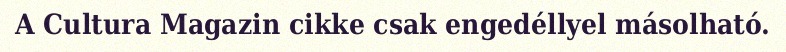
A Cultura Magazin cikke csak engedéllyel másolható.